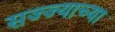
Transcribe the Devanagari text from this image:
सज्ज्याच्या